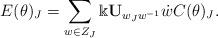
LaTeX: \begin{align*} E(\theta)_J=\sum_{w\in Z_J}\Bbbk {\bf U}_{w_Jw^{-1}}\dot{w}C(\theta)_J.\end{align*}